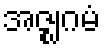
အဇ္ဈဂမံ